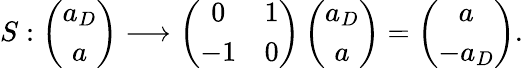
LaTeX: S:\left(\begin{array}{c}{{a_{D}}}\\ {{a}}\end{array}\right)\longrightarrow\left(\begin{array}{cc}{{0}}&{{1}}\\ {{-1}}&{{0}}\end{array}\right)\left(\begin{array}{c}{{a_{D}}}\\ {{a}}\end{array}\right)=\left(\begin{array}{c}{{a}}\\ {{-a_{D}}}\end{array}\right).